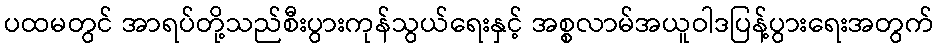
ပထမတွင် အာရပ်တို့သည်စီးပွားကုန်သွယ်ရေးနှင့် အစ္စလာမ်အယူဝါဒပြန့်ပွားရေးအတွက်